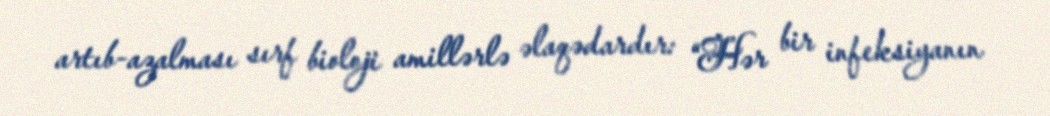
artıb-azalması sırf bioloji amillərlə əlaqədardır: “Hər bir infeksiyanın